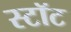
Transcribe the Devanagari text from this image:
स्टॉट